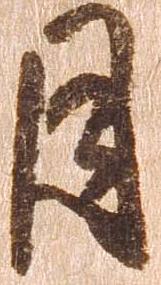
月